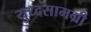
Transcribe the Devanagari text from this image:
युध्दसामग्री